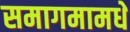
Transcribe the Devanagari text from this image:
समागमामधे